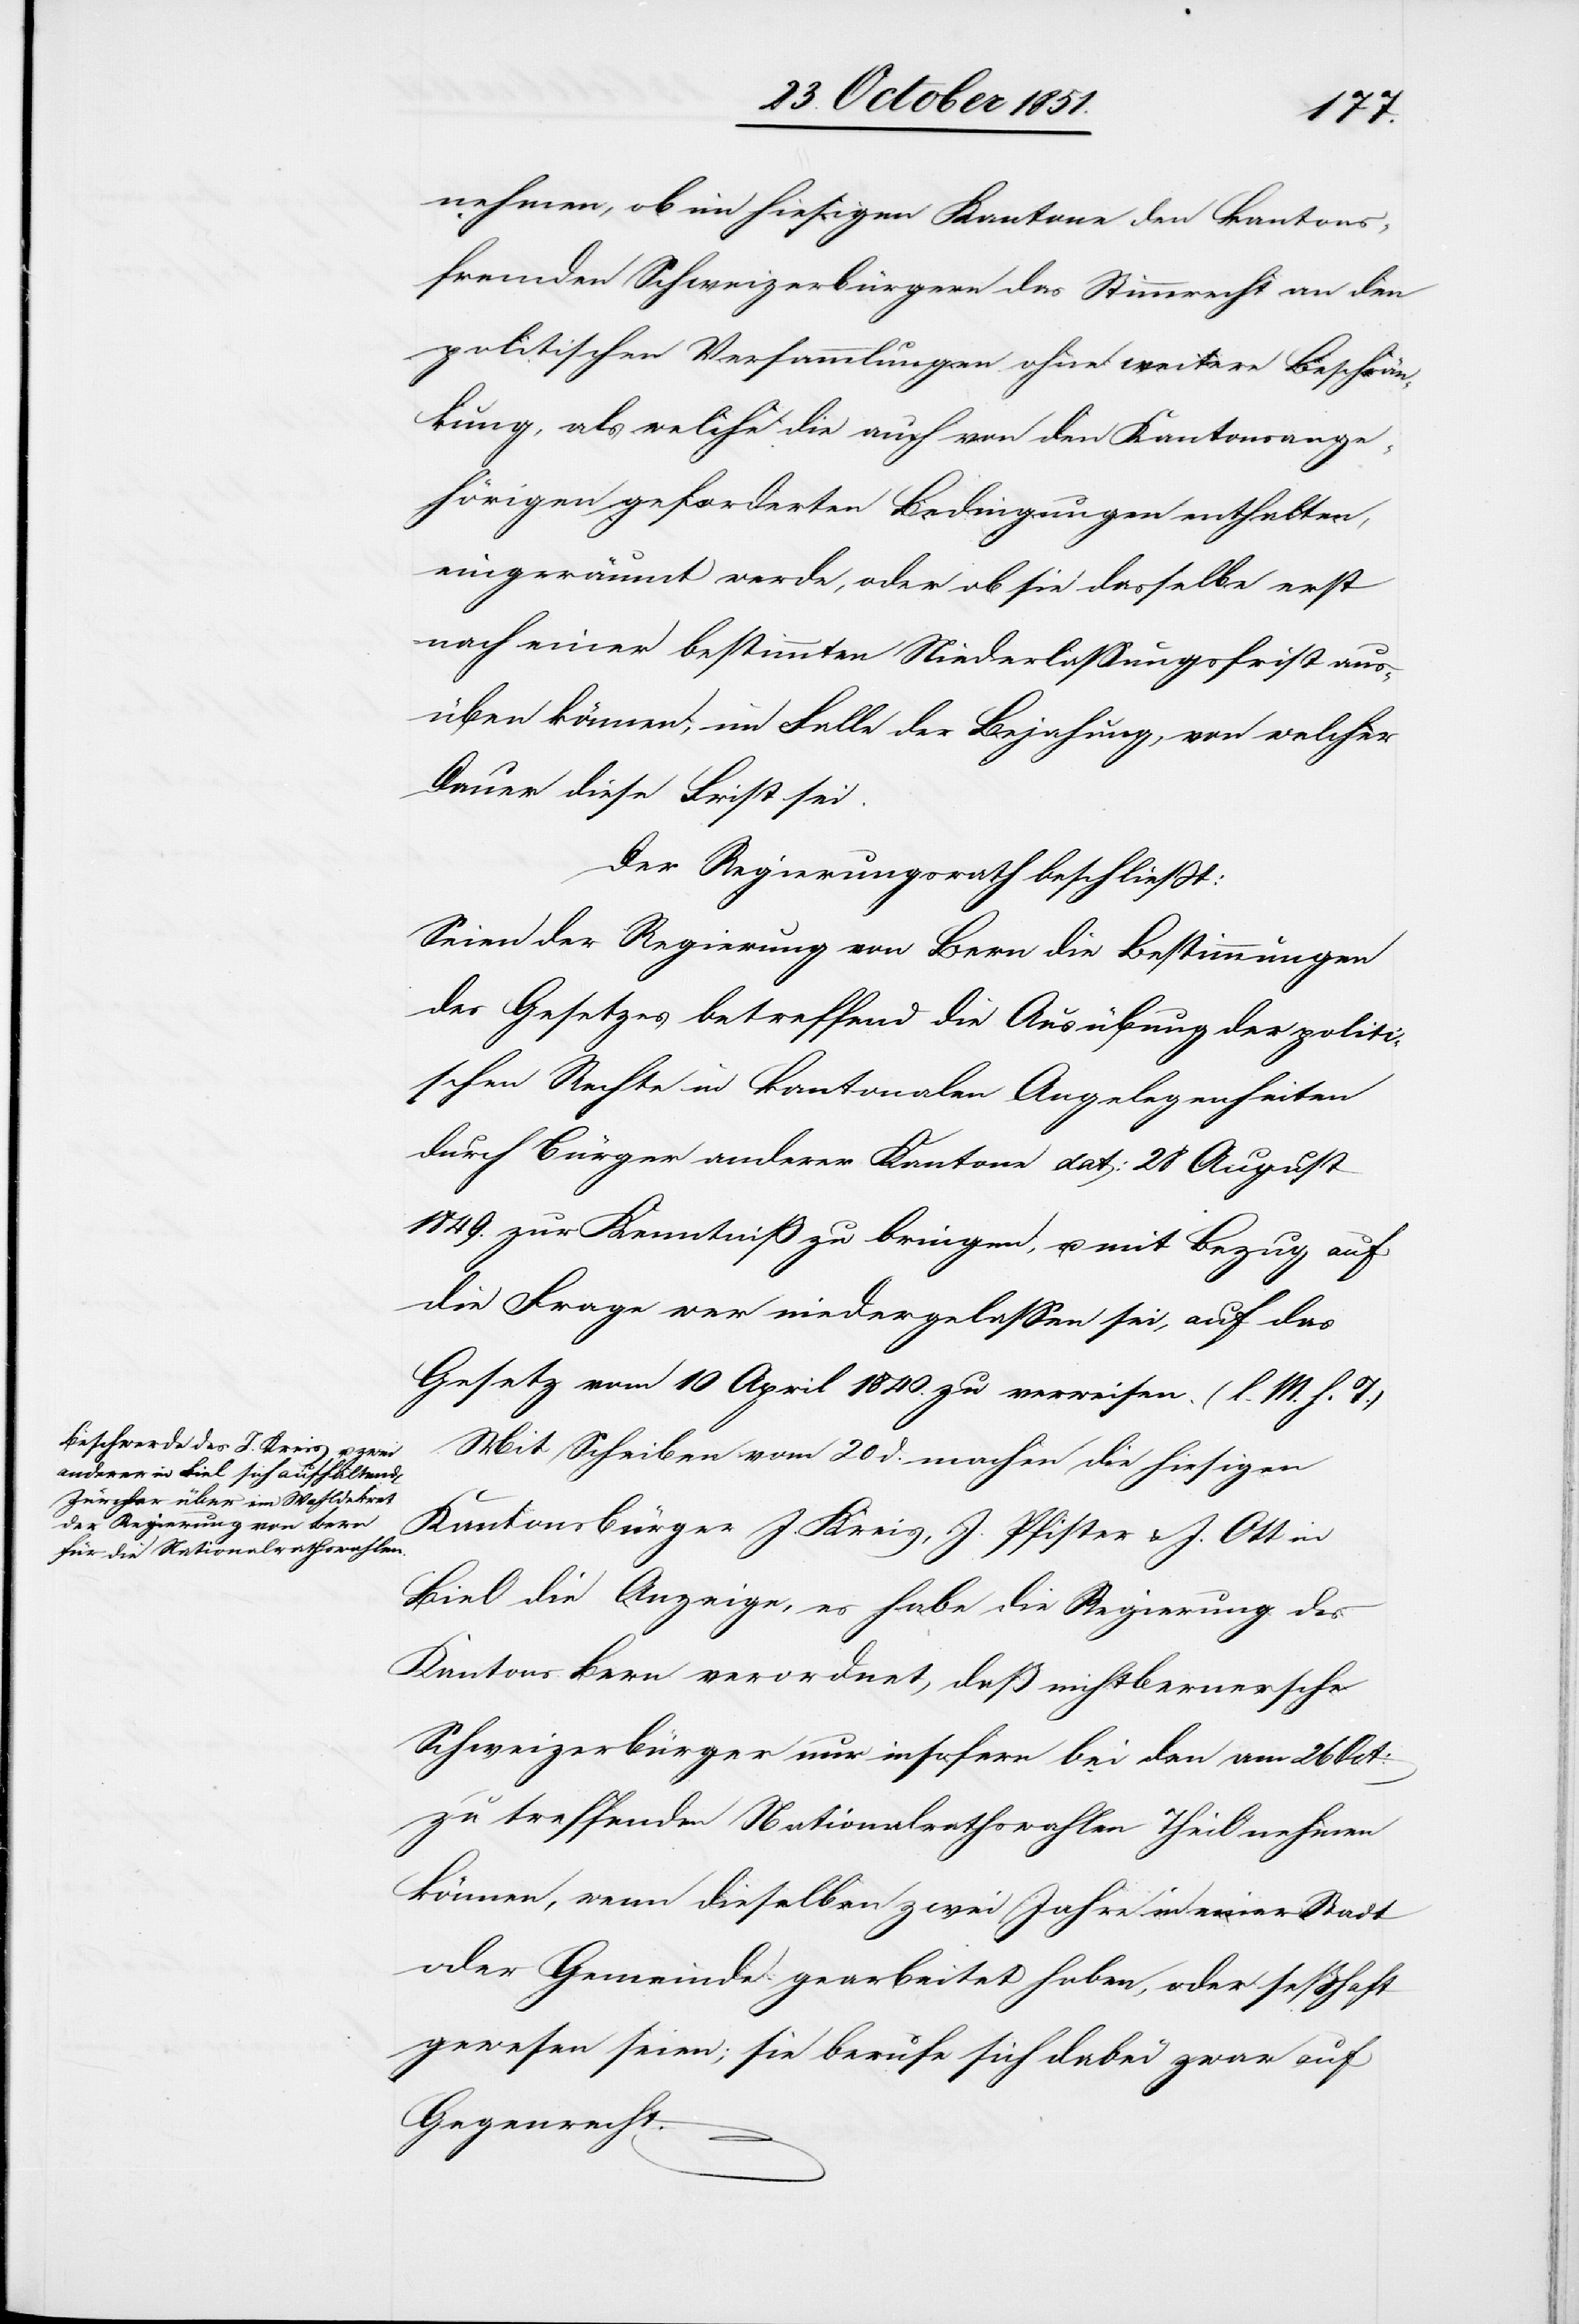
nehmen, ob im hiesigen Kantone den kantons¬
fremden Schweizerbürgern das Stimmrecht an den
politischen Versammlungen ohne weitere Beschrän¬
kung, als welche die auch von den Kantonsange¬
hörigen geforderten Bedingungen enthalten,
eingeräumt werde, oder ob sie dasselbe erst
nach einer bestimmten Niederlassungsfrist aus¬
üben können; im Falle der Bejahung, von welcher
Dauer diese Frist sei.
Der Regierungsrath beschließt:
Seien der Regierung von Bern die Bestimmungen
des Gesetzes betreffend die Ausübung der politi¬
schen Rechte in kantonalen Angelegenheiten
durch Bürger anderer Kantone dat: 28 August
1849. zur Kenntniß zu bringen, u. mit Bezug auf
die Frage wer niedergelassen sei, auf das
Gesetz vom 10 April 1840. zu verweisen. (l. M. h. T.)
Mit Schreiben vom 20 d. machen die hiesigen
Kantonsbürger J. Kreis, J. Pfister & J. Ott in
Biel die Anzeige, es habe die Regierung des
Kantons Bern verordnet, daß nichtbernersche
Schweizerbürger nur insofern bei den am 26 Oct:
zu treffenden Nationalrathswahlen Theil nehmen
können, wenn dieselben zwei Jahre in einer Stadt
oder Gemeinde gearbeitet haben, oder seßhaft
gewesen seien; sie berufe sich dabei zwar auf
Gegenrecht.